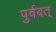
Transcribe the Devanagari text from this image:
पुर्ववत्